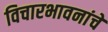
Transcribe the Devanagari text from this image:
विचारभावनांचे